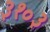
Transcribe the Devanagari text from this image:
३१०३